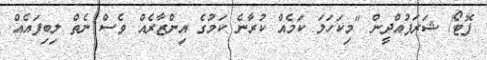
ފޮޓޯ/ ޝަރަފުއްދީން "މިކަހަލަ ކަމެއް ކުރާނެ ކަމުގެ އިންޒާރެއް ވެސް ނެތް ލިބިފައެއް.